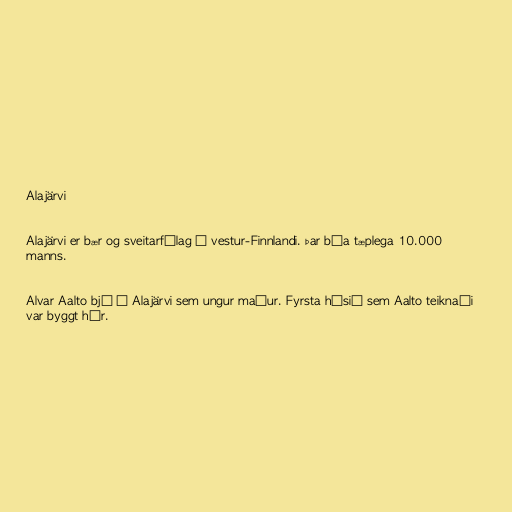
Alajärvi

Alajärvi er bær og sveitarfélag í vestur-Finnlandi. Þar búa tæplega 10.000
manns.

Alvar Aalto bjó í Alajärvi sem ungur maður. Fyrsta húsið sem Aalto teiknaði
var byggt hér.